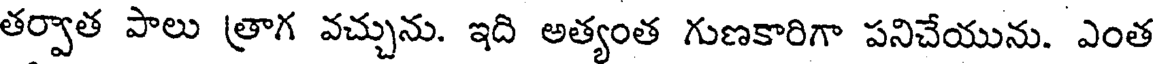
తర్వాత పాలు త్రాగ వచ్చును. ఇది అత్యంత గుణకారిగా పనిచేయును. ఎంత